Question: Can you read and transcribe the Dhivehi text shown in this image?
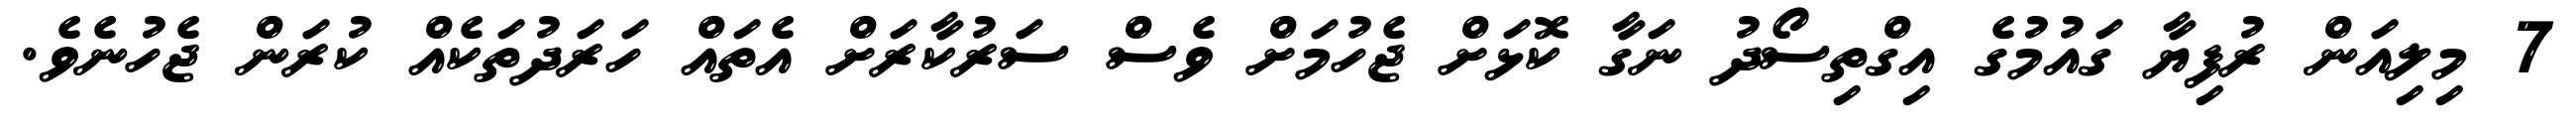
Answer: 7 މިލިއަން ރުފިޔާ ގައުމުގެ އިގްތިސޯދު ނަގާ ކޮޅަށް ޖެހުމަށް ވެސް ސަރުކާރަށް އެތައް ހަރަދުތަކެއް ކުރަން ޖެހުނެވެ.